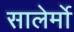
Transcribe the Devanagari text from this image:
सालेर्मो